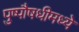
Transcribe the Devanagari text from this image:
पुष्पौषधीमध्ये